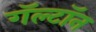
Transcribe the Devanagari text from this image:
गॅल्टॉन